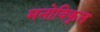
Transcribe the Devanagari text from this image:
मनोविकृत